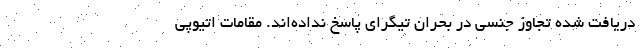
دریافت شده تجاوز جنسی در بحران تیگرای پاسخ نداده‌اند. مقامات اتیوپی